Leaving Certificate Examination (including Day School Certificate (Higher) General paper), 1931
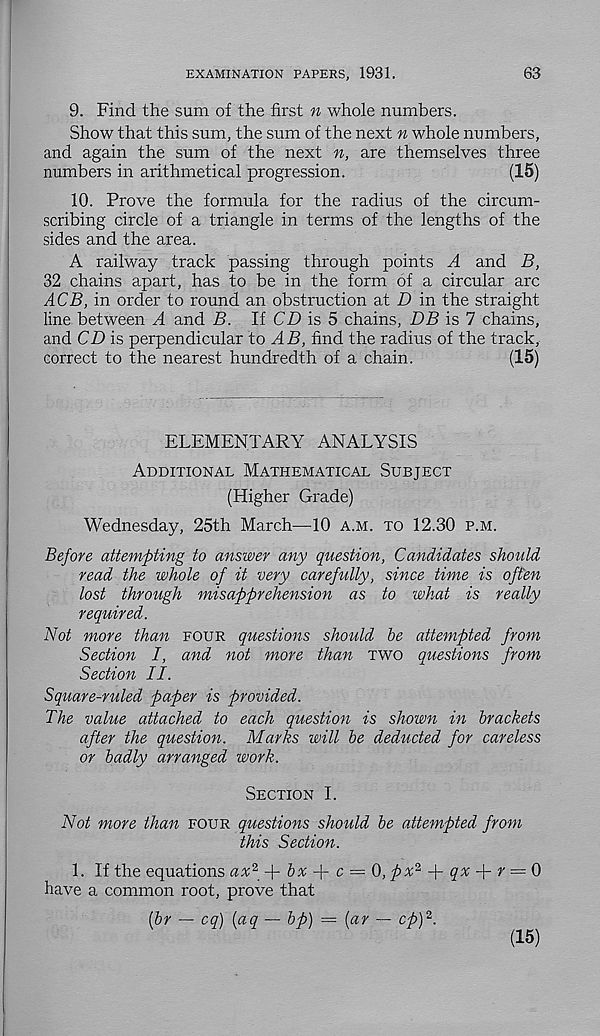
EXAMINATION PAPERS, 1931.
63
9. Find the sum of the first n whole numbers.
Show that this sum, the sum of the next n whole numbers,
and again the sum of the next n, are themselves three
numbers in arithmetical progression.
(15)
10. Prove the formula for the radius of the circum-
scribing circle of a triangle in terms of the lengths of the
sides and the area.
A railway track passing through points A and B,
32 chains apart, has to be in the form of a circular arc
ACB, in order to round an obstruction at D in the straight
line between A and B. If CD is 5 chains, DB is 7 chains,
and CD is perpendicular to AB, find the radius of the track,
correct to the nearest hundredth of a chain.
(15)
ELEMENTARY ANALYSIS
Additional Mathematical Subject
(Higher Grade)
Wednesday, 25th March—10 a.m. to 12.30 p.m.
Before attempting to answer any question, Candidates should
read the whole of it very carefully, since time is often
lost through misapprehension as to what is really
required.
Not more than four questions should be attempted from
Section I, and not more than two questions from
Section II.
Square-ruled paper is provided.
The value attached to each question is shown in brackets
after the question. Marks will be deducted for careless
or badly arranged work.
Section I.
Not more than four questions should be attempted from
this Section.
1. If the equations «a 2 + 6a + c = 0, px* f- qx
r = 0
have a common root, prove that
{hr — cq) (aq — bp) — (ar — cp) 1 .
(15)